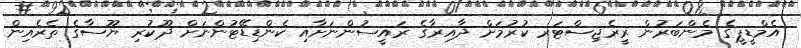
އެމްޑީޕީގެ މެންބަރުން ރީރެޖިސްޓަރ ކުރުމަށް ދާއިރާގެ ރައީސުންނަށާއި ކެންޑިޑޭޓުންނަށް ދޫކުރި ޔޫސާގެ ތެރެއިން